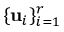
\{ { \mathbf { u } } _ { i } \} _ { i = 1 } ^ { r }